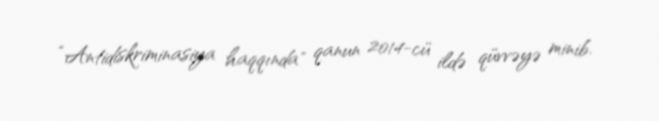
“Antidiskriminasiya haqqında" qanun 2014-cü ildə qüvvəyə minib.